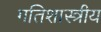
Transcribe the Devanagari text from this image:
गतिशास्त्रीय